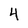
Character: 4